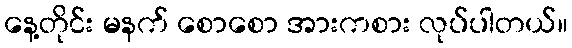
နေ့တိုင်း မနက် စောစော အားကစား လုပ်ပါတယ်။